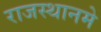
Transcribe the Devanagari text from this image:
राजस्थानमे